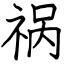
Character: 祸